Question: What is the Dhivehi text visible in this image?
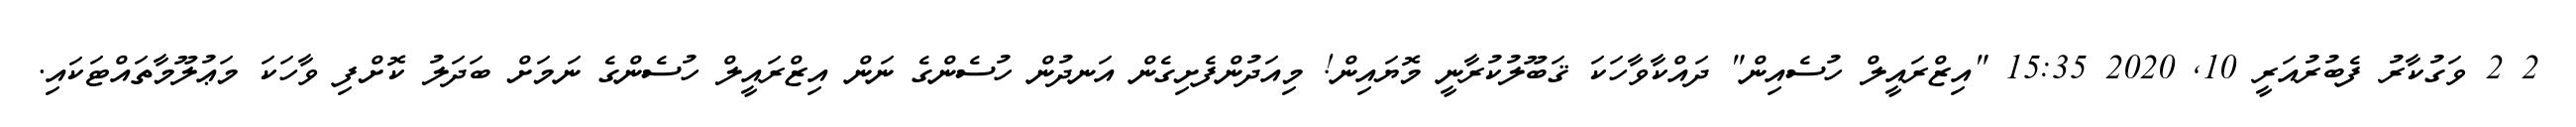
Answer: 2 2 ވަގުކާރު ފެބުރުއަރީ 10, 2020 15:35 "އިޒްރައީލް ހުސެއިން" ދައްކާވާހަކަ ޤަބޫލުކުރާނީ މޮޔައިން! މިއަދުންފެށިގެން އަނދުން ހުސެންގެ ނަން އިޒްރައީލް ހުސެންގެ ނަމަށް ބަދަލު ކޮށްފި ވާހަކަ މަޢުލޫމާތައްޓަކައި.